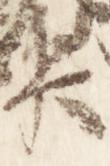
臣